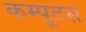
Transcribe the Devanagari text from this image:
कम्पूटस